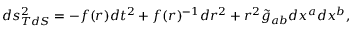
d s _ { T d S } ^ { 2 } = - f ( r ) d t ^ { 2 } + f ( r ) ^ { - 1 } d r ^ { 2 } + r ^ { 2 } \tilde { g } _ { a b } d x ^ { a } d x ^ { b } ,